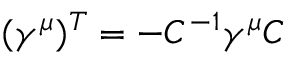
( \gamma ^ { \mu } ) ^ { T } = - C ^ { - 1 } \gamma ^ { \mu } C